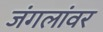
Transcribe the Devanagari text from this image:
जंगलांवर